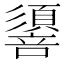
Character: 𢒷